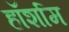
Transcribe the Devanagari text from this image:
हॉर्शाम